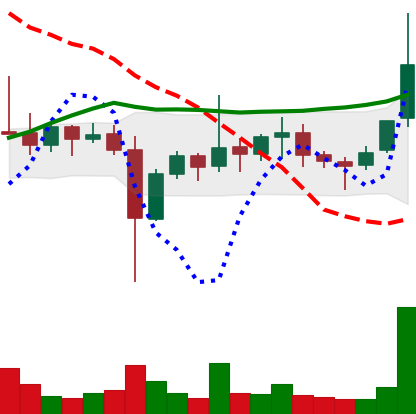
Ticker: ETC-USD
Chart end date: 2021-11-09
Forward return: -7.678%
Label: down_7plus